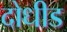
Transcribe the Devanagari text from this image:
दोधीड